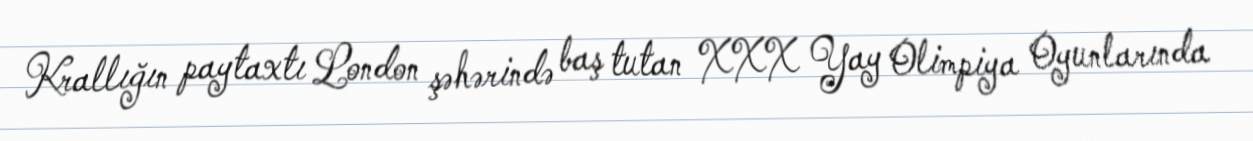
Krallığın paytaxtı London şəhərində baş tutan XXX Yay Olimpiya Oyunlarında